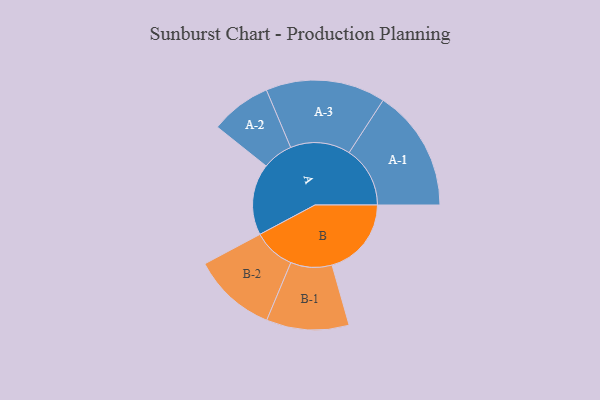
{"axis": {"x": "Segment", "y": "Value"}, "legend": ["", "A", "B"], "data": [{"x": "A", "y": 330, "type": ""}, {"x": "B", "y": 367, "type": ""}, {"x": "A-1", "y": 282, "type": "A"}, {"x": "A-2", "y": 141, "type": "A"}, {"x": "A-3", "y": 277, "type": "A"}, {"x": "B-1", "y": 191, "type": "B"}, {"x": "B-2", "y": 194, "type": "B"}]}